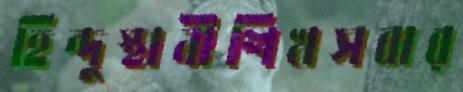
হিন্দুস্থানীশিখসবার